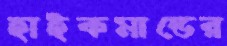
হাইকমান্ডের